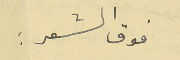
فوق الشعر :